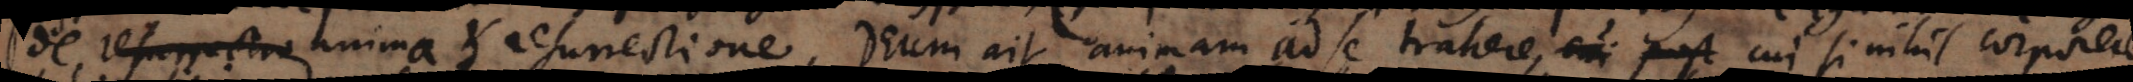
de anima et resurrectione, Deum ait animam ad se trahere, cui si nihil corporeae